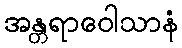
အန္တရာဝေါသာနံ